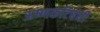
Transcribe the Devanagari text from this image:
ऊष्णकटिबंधी